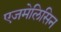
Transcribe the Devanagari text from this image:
एजमेलिसिन